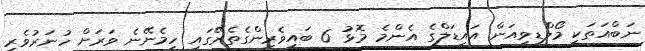
ނަބްއަތަކީ މޯލްޑިވިއަން އައިޑަލްގެ އެންމެ މޮޅު 6 ބައިވެރިންގެތެރޭގައި ހިމެނޭނެ ވަރަށް ހުނަރުވެރި